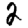
Digit: 2